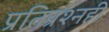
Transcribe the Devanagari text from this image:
प्रतिप्रश्‍नही